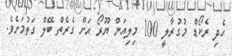
ހެދި ރެކޯޑް މުގުރާލީ 100 މިލިއަން ޔޫރޯ އަށް ގެރެތް ބޭލް ގަތުމަށެވެ.